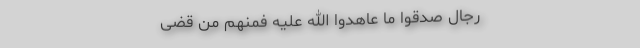
رِجَالٌ صَدَقُوا مَا عَاهَدُوا اللَّهَ عَلَیْهِ فَمِنْهُمْ مَنْ قَضَی